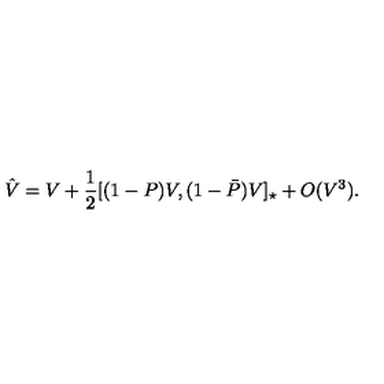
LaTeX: \hat { V } = V + \frac { 1 } { 2 } [ ( 1 - P ) V , ( 1 - \bar { P } ) V ] _ { \star } + O ( V ^ { 3 } ) .